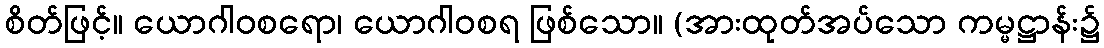
စိတ်ဖြင့်။ ယောဂါဝစရော၊ ယောဂါဝစရ ဖြစ်သော။ (အားထုတ်အပ်သော ကမ္မဋ္ဌာန်း၌